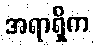
အရာရှိက